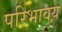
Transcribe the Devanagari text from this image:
परिभावय